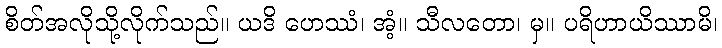
စိတ်အလိုသို့လိုက်သည်။ ယဒိ ဟေဿံ၊ အံ့။ သီလတော၊ မှ။ ပရိဟာယိဿာမိ၊